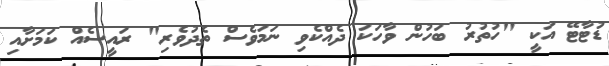
ޑުޓާޓޭ އަކީ "ހުތުރު ބަހުން ވާހަކަ ދެއްކެވި ނަމަވެސް ތެދުވެރި" ރައީސެއް ކަމަށާއި